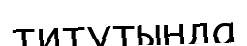
титутында